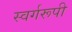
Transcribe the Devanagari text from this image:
स्वर्गरूपी